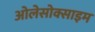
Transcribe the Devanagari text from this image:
ओलेसोक्साइम